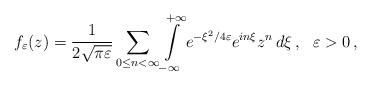
LaTeX: \begin{align*}f_\varepsilon(z)=\frac{1}{2\sqrt{\pi\varepsilon}}\sum_{0\leq{}n<\infty}\int\limits_{-\infty}^{+\infty}e^{-\xi^2/4\varepsilon}e^{in\xi}z^n\,d\xi\,, \ \ \varepsilon>0\,,\end{align*}